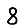
Digit: 8